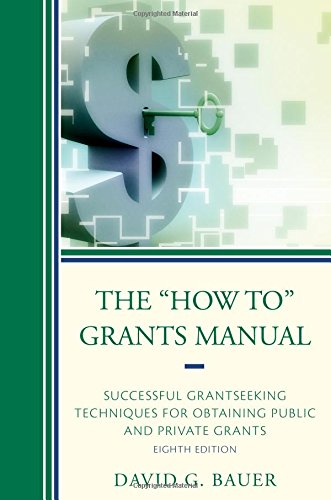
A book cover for The "How To" Grants Manual: Successful Grantseeking Techniques for Obtaining Public and Private Grants; David G. Bauer; Education & Teaching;